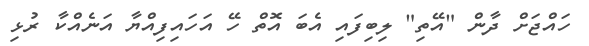
ހައްޖަށް ދާން "އޭތި" ލިބިފައި އެބަ އޮތް ހޭ އަހައިފިއްޔާ އަނެއްކާ ރުޅި